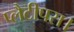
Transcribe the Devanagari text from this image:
प्लैटीपस।